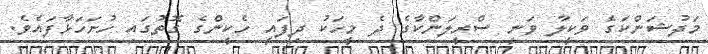
މަދުޝަންކަގެ ވަކީލާ ވަނީ ސްރީލަންކާގެ ދެ މީހަކު ދިފައީ ހެކީންގެ ގޮތުގައި ހުށަހަޅާފައެވެ.